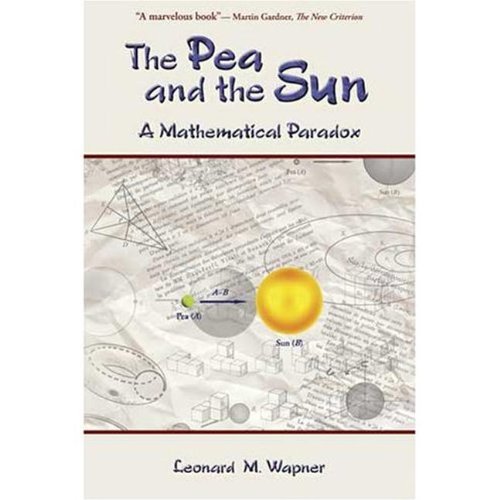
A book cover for The Pea and the Sun: A Mathematical Paradox; Leonard M. Wapner; Humor & Entertainment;